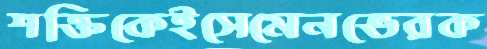
শক্তিকেইসেমেনভেরক